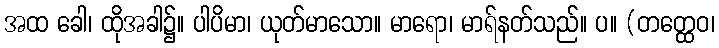
အထ ခေါ၊ ထိုအခါ၌။ ပါပိမာ၊ ယုတ်မာသော။ မာရော၊ မာရ်နတ်သည်။ ပ။ (တတ္ထေဝ၊